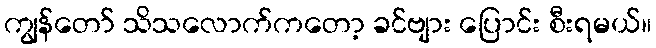
ကျွန်တော် သိသလောက်ကတော့ ခင်ဗျား ပြောင်း စီးရမယ်။